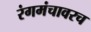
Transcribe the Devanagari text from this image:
रंगमंचावरच